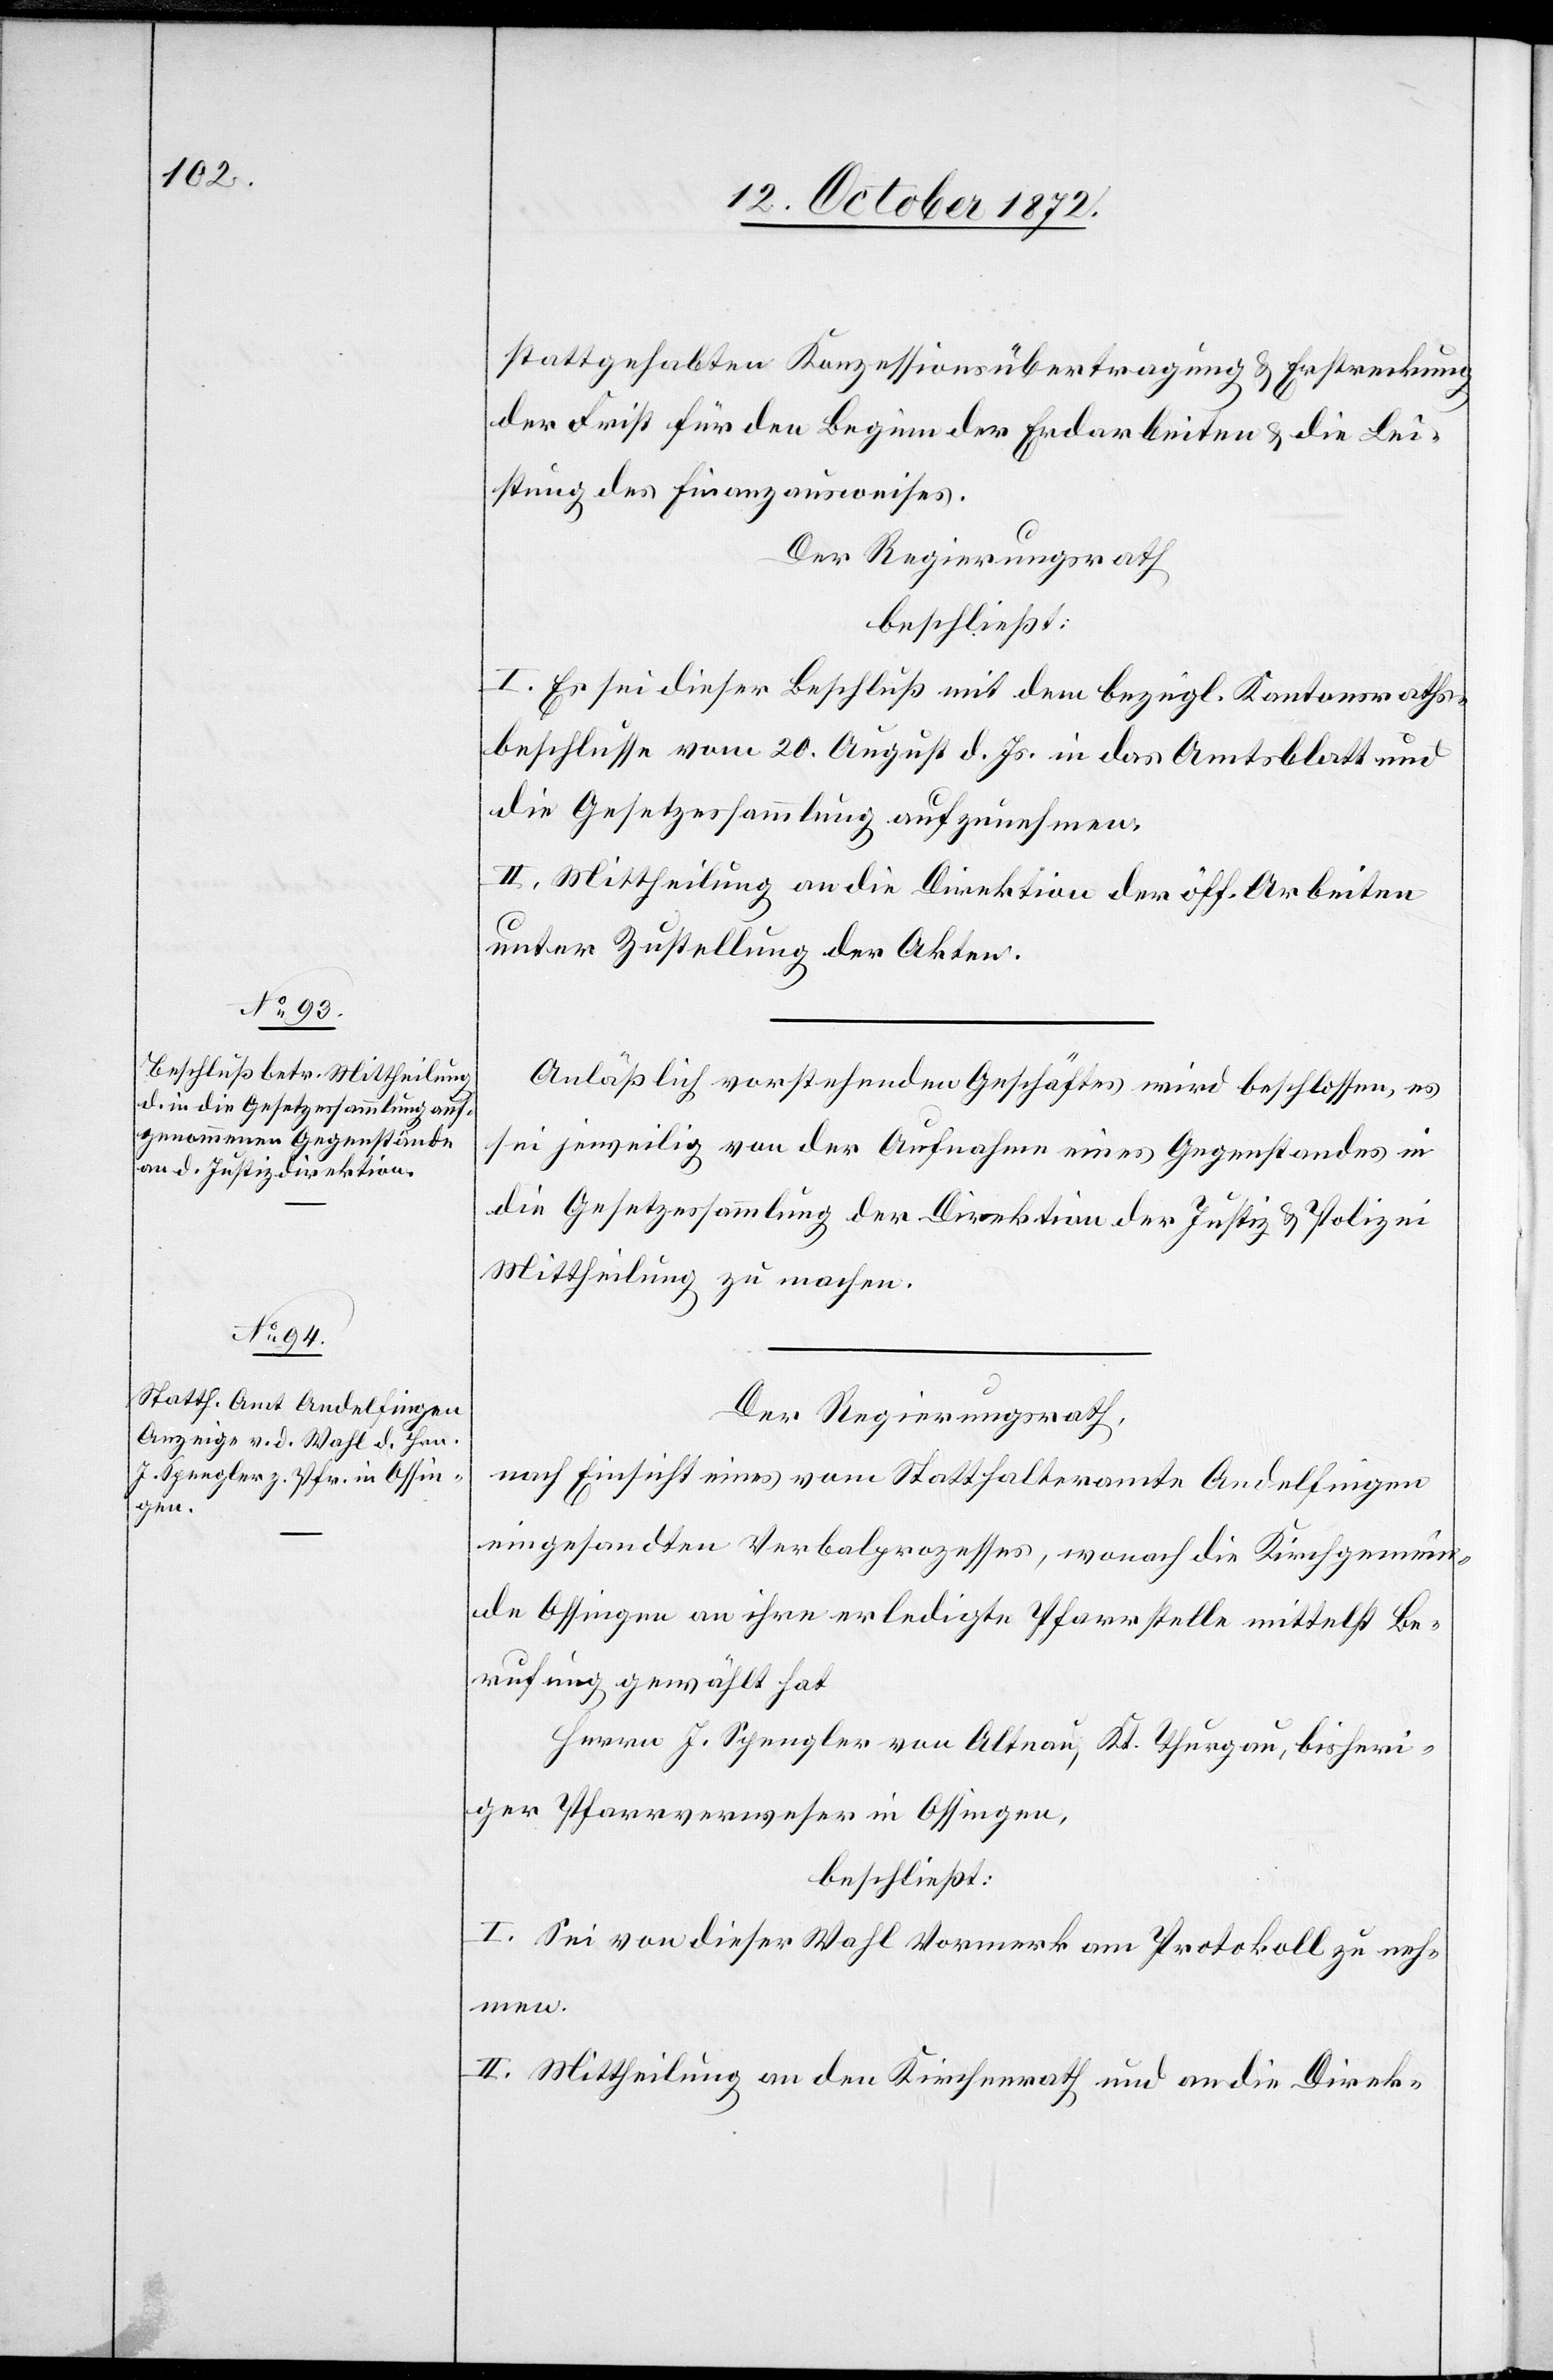
stattgehabten Konzessionsübertragung u. Erstreckung
der Frist für den Beginn der Erdarbeiten u. die Lei¬
stung des Finanzausweises.
Der Regierungsrath
beschließt:
I. Es sei dieser Beschluß mit dem bezügl. Kantonsraths¬
beschlusse vom 20. August d. Js. in das Amtsblatt und
die Gesetzessammlung aufzunehmen.
II. Mittheilung an die Direktion der öff. Arbeiten
unter Zustellung der Akten.
Anläßlich vorstehenden Geschäftes wird beschlossen, es
sei jeweilig von der Aufnahme eines Gegenstandes in
die Gesetzessammlung der Direktion der Justiz u. Polizei
Mittheilung zu machen.
Der Regierungsrath,
nach Einsicht eines vom Statthalteramte Andelfingen
eingesandten Verbalprozesses, wonach die Kirchgemein¬
de Ossingen an ihre erledigte Pfarrstelle mittelst Be¬
rufung gewählt hat
Herrn J. Spengler von Altnau, Kt. Thurgau, bisheri¬
ger Pfarrverweser in Ossingen,
beschließt:
I. Sei von dieser Wahl Vormerk am Protokoll zu neh¬
men.
II. Mittheilung an den Kirchenrath und an die Direk-